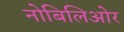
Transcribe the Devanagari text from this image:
नोबिलिओर